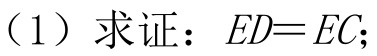
（1）求证：\(ED = EC\);